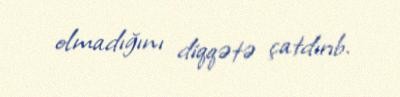
olmadığını diqqətə çatdırıb.